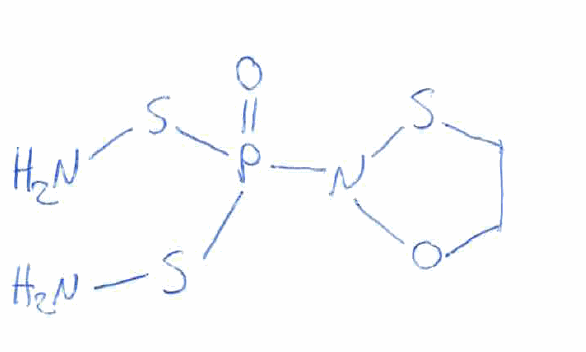
Simplified molecular-input line-entry system (SMILES) notation of the given molecule:
C1CSN(O1)P(=O)(SN)SN